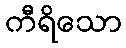
ကီရိသော